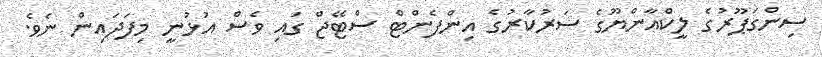
ސިންގަޕޫރުގެ ލީކްއާންޔޫގެ ސަރުކާރުގެ އިންފެންޓް ސްޓޭޖް ގައި ވެސް އުޅުނީ މިފަދައިން ނެވެ.